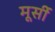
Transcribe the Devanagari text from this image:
मूर्सी